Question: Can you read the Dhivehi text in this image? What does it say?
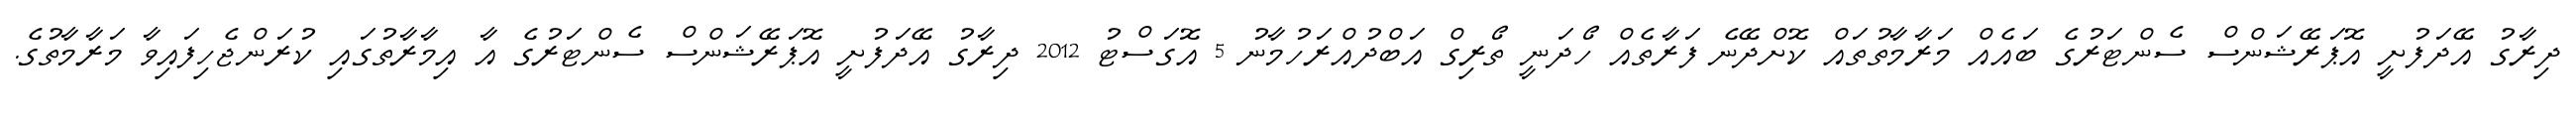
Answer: ދިރާގު އޭދަފުށީ އޮޕަރޭޝަންސް ސެންޓަރުގެ ބައެއް މަރާމާތުތައް ކޮށްދޭނެ ފަރާތެއް ހޯދަނީ ތޯރިގް އަބްދުއްރަހުމާނު 5 އޮގަސްޓު 2012 ދިރާގު އޭދަފުށީ އޮޕަރޭޝަންސް ސެންޓަރުގެ އާ އިމާރާތުގައި ކުރަންޖެހިފައިވާ މަރާމާތުގެ.